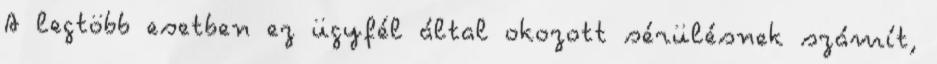
A legtöbb esetben ez ügyfél által okozott sérülésnek számít,